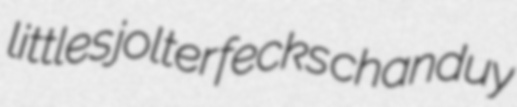
littles jolter fecks chanduy